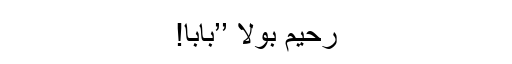
رحیم بولا ’’بابا!